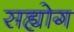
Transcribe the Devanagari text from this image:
सह्योग